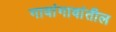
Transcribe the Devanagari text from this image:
गावांगावांतील